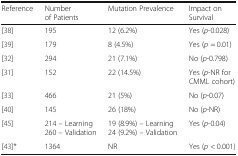
<table><thead><tr><td><b>Reference</b></td><td><b>Number of Patients</b></td><td><b>Mutation Prevalence</b></td><td><b>Impact on Survival</b></td></tr></thead><tbody><tr><td>[38]</td><td>195</td><td>12 (6.2%)</td><td>Yes (<i>p</i>-0.028)</td></tr><tr><td>[39]</td><td>179</td><td>8 (4.5%)</td><td>Yes (<i>p</i> = 0.01)</td></tr><tr><td>[32]</td><td>294</td><td>21 (7.1%)</td><td>No (<i>p</i>-0.798)</td></tr><tr><td>[31]</td><td>152</td><td>22 (14.5%)</td><td>Yes (<i>p</i>-NR for CMML cohort)</td></tr><tr><td>[33]</td><td>466</td><td>21 (5%)</td><td>No (<i>p</i>-0.07)</td></tr><tr><td>[40]</td><td>145</td><td>26 (18%)</td><td>No (<i>p</i>-NR)</td></tr><tr><td>[45]</td><td>214 – Learning260 – Validation</td><td>19 (8.9%) – Learning24 (9.2%) – Validation</td><td>Yes (<i>p</i>-0.04)</td></tr><tr><td>[43]*</td><td>1364</td><td>NR</td><td>Yes (<i>p</i> &lt; 0.001)</td></tr></tbody></table>